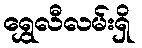
ရွှေလီလမ်းရှိ